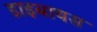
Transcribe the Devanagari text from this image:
डाइबायस